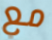
مع